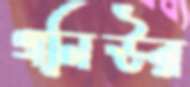
গনিউর